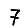
Digit: 7